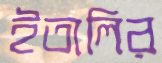
ইতালির